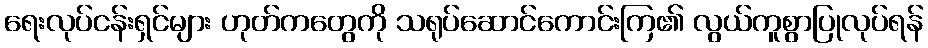
ရေးလုပ်ငန်းရှင်များ ဟုတ်ကတွေကို သရုပ်ဆောင်ကောင်းကြ၏ လွယ်ကူစွာပြုလုပ်ရန်